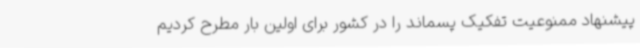
پیشنهاد ممنوعیت تفکیک پسماند را در کشور برای اولین بار مطرح کردیم